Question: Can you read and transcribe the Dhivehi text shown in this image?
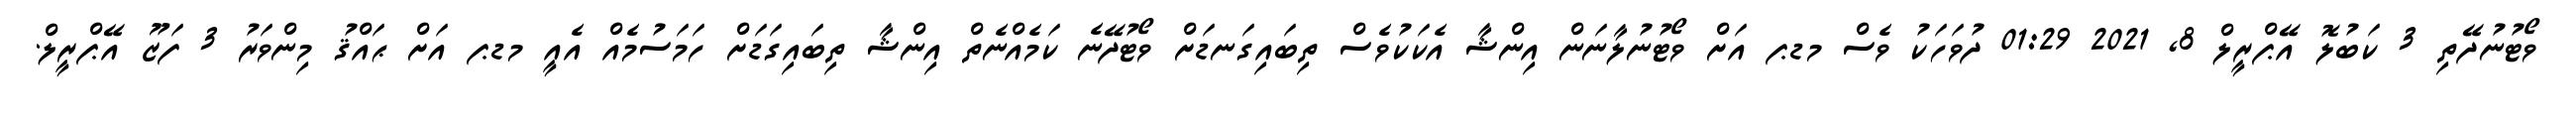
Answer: ވޯޓުނުދޭތި 3 ކަބުލޮ އޭޕްރީލް 8, 2021 01:29 ދުވަހަކު ވެސް މޑޕ އަށް ވޯޓުނުލާނަން އިންޝާ އެކަކުވެސް ތިބައިގަނޑަށް ވޯޓުދޭނެ ކަމެއްނެތް އިންޝާ ތިބައިގަޑަށް ހަމަސުމެއް އެއީ މޑޕ އަށް ޙައްޤު މިންވަރު 3 ފަޒޫ އޭޕްރީލް.